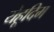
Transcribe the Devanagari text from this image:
येहूदिम